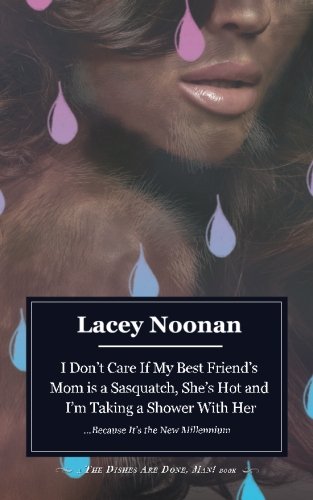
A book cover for I Don't Care if My Best Friend's Mom is a Sasquatch, She's Hot and I'm Taking a Shower With Her; Lacey Noonan; Romance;